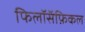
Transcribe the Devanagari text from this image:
फिलॉसॅफ़िकल